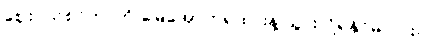
ဈေးဝယ်စင်တာကို မြေအောက်ရထားနဲ့ သွားလို့ရနိုင်မလား။